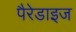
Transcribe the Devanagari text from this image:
पैरेडाइज